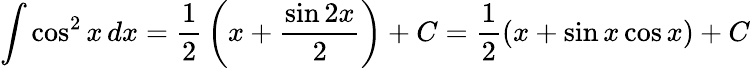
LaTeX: \int\cos^{2}x\, dx={\frac{1}{2}}\left(x+{\frac{\sin 2x}{2}}\right)+C={\frac{1}{2}}(x+\sin x\cos x)+C